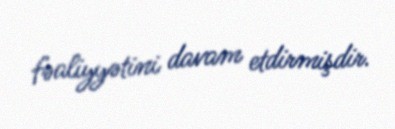
fəaliyyətini davam etdirmişdir.